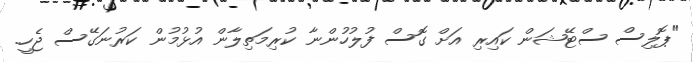
"ޕޮލިސް ސްޓޭޝަން ކައިރި އަށް ގޮސް ފުލުހުންނާ ކުރިމަތިލާން އުޅުމުން ކަރުނަގޭސް ޖެހީ.